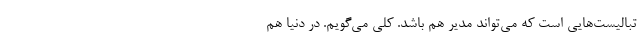
تبالیست‌هایی است که می‌تواند مدیر هم باشد. کلی می‌گویم. در دنیا هم